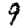
Digit: 9